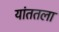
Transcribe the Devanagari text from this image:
यांततला